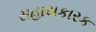
સહાયકારક